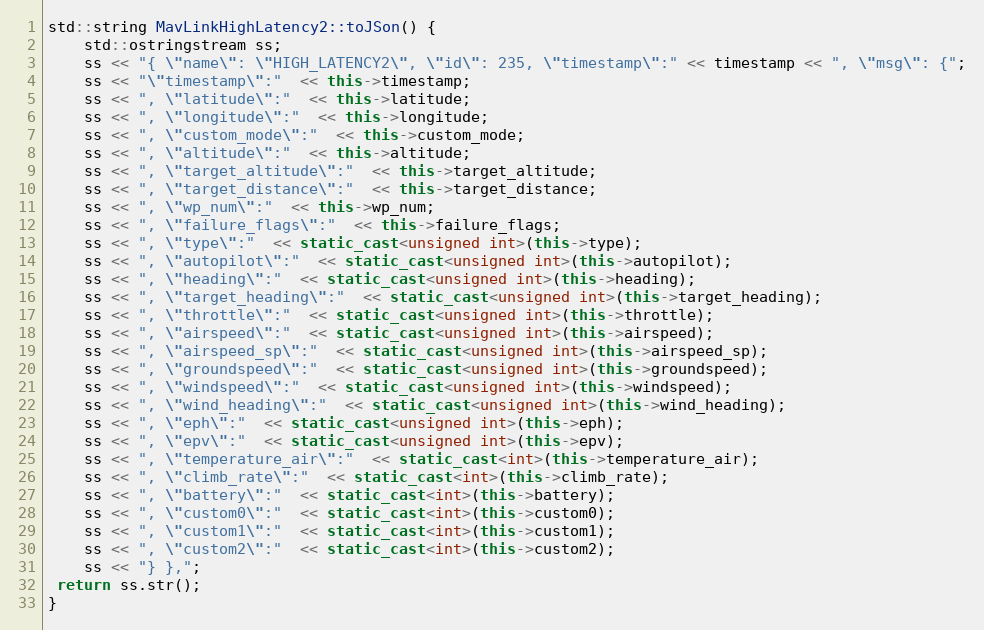
Language: C++
std::string MavLinkHighLatency2::toJSon() {
    std::ostringstream ss;
    ss << "{ \"name\": \"HIGH_LATENCY2\", \"id\": 235, \"timestamp\":" << timestamp << ", \"msg\": {";
    ss << "\"timestamp\":"  << this->timestamp;
    ss << ", \"latitude\":"  << this->latitude;
    ss << ", \"longitude\":"  << this->longitude;
    ss << ", \"custom_mode\":"  << this->custom_mode;
    ss << ", \"altitude\":"  << this->altitude;
    ss << ", \"target_altitude\":"  << this->target_altitude;
    ss << ", \"target_distance\":"  << this->target_distance;
    ss << ", \"wp_num\":"  << this->wp_num;
    ss << ", \"failure_flags\":"  << this->failure_flags;
    ss << ", \"type\":"  << static_cast<unsigned int>(this->type);
    ss << ", \"autopilot\":"  << static_cast<unsigned int>(this->autopilot);
    ss << ", \"heading\":"  << static_cast<unsigned int>(this->heading);
    ss << ", \"target_heading\":"  << static_cast<unsigned int>(this->target_heading);
    ss << ", \"throttle\":"  << static_cast<unsigned int>(this->throttle);
    ss << ", \"airspeed\":"  << static_cast<unsigned int>(this->airspeed);
    ss << ", \"airspeed_sp\":"  << static_cast<unsigned int>(this->airspeed_sp);
    ss << ", \"groundspeed\":"  << static_cast<unsigned int>(this->groundspeed);
    ss << ", \"windspeed\":"  << static_cast<unsigned int>(this->windspeed);
    ss << ", \"wind_heading\":"  << static_cast<unsigned int>(this->wind_heading);
    ss << ", \"eph\":"  << static_cast<unsigned int>(this->eph);
    ss << ", \"epv\":"  << static_cast<unsigned int>(this->epv);
    ss << ", \"temperature_air\":"  << static_cast<int>(this->temperature_air);
    ss << ", \"climb_rate\":"  << static_cast<int>(this->climb_rate);
    ss << ", \"battery\":"  << static_cast<int>(this->battery);
    ss << ", \"custom0\":"  << static_cast<int>(this->custom0);
    ss << ", \"custom1\":"  << static_cast<int>(this->custom1);
    ss << ", \"custom2\":"  << static_cast<int>(this->custom2);
    ss << "} },";
 return ss.str();
}